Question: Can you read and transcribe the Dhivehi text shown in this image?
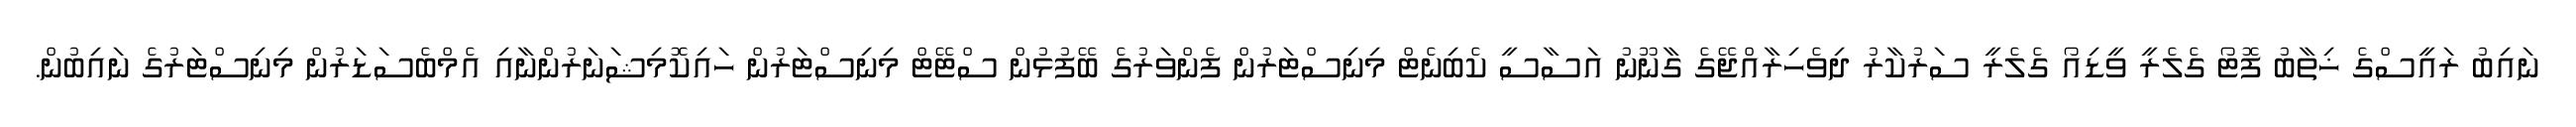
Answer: ނައިބު ރައީސްގެ ޚިތާބު ފޮޓޯ ގެލެރީ ވީޑިއޯ ގެލެރީ ސަރުކާރު ދިވެހިރާއްޖޭގެ ގާނޫނު އަސާސީ ކެބިނެޓް މިނިސްޓަރުން ފެންވަރުގެ ބޭފުޅުން ސްޓޭޓް މިނިސްޓަރުން ހައިކޮމިޝަނަރުންނާއި އެމްބެސަޑަރުން މިނިސްޓަރުގެ ނައިބުން.